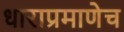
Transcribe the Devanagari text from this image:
धाराप्रमाणेच